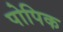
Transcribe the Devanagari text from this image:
पोपिक